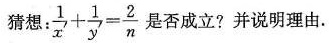
猜想：$$\frac { 1 } { x ' } + \frac { 1 } { y ' } = \frac { 2 } { n }$$ 是否成立? 并说明理由.